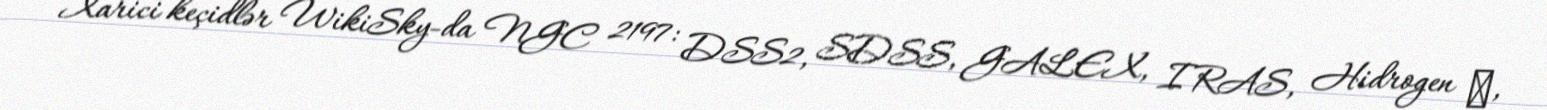
Xarici keçidlər WikiSky-da NGC 2197: DSS2, SDSS, GALEX, IRAS, Hidrogen α,